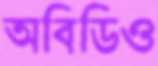
অবিডিও